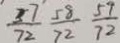
\frac { 3 7 } { 7 2 } \frac { 5 8 } { 7 2 } \frac { 5 9 } { 7 2 }